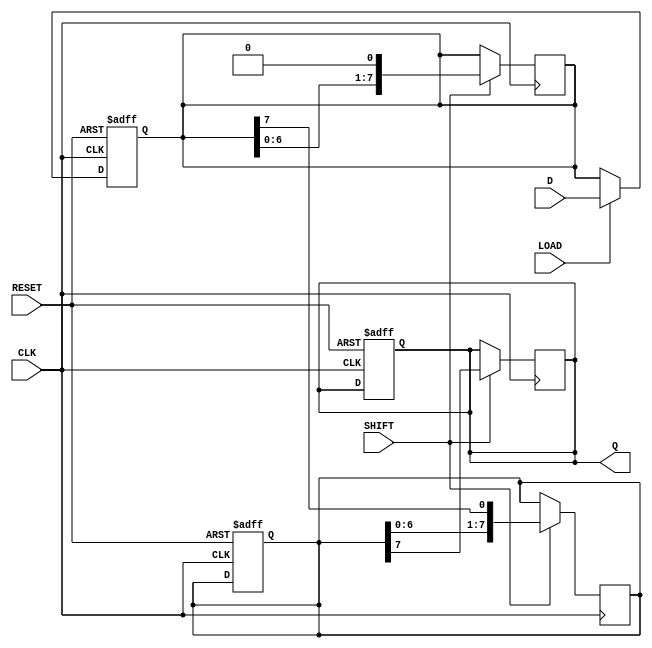
module TwoStagePISO #(
    parameter WIDTH = 8  // Width of the parallel input
)(
    input wire [WIDTH-1:0] D,      // Parallel data input
    input wire LOAD,                // Load signal
    input wire SHIFT,               // Shift signal
    input wire CLK,                 // Clock signal
    input wire RESET,               // Asynchronous reset signal
    output reg Q                   // Serial output
);
    // Internal registers for input and output stages
    reg [WIDTH-1:0] input_reg;     // Stage 1: Input Register
    reg [WIDTH-1:0] output_reg;    // Stage 2: Output Register
    
    // Asynchronous reset and loading data
    always @(posedge CLK or posedge RESET) begin
        if (RESET) begin
            input_reg <= {WIDTH{1'b0}}; // Clear input register
            output_reg <= {WIDTH{1'b0}}; // Clear output register
            Q <= 1'b0;                   // Clear serial output
        end else if (LOAD) begin
            input_reg <= D;             // Load parallel data into input register
        end
    end
    
    // Shifting data from input register to output register
    always @(posedge CLK) begin
        if (SHIFT) begin
            // Shift the data from input register to output register
            output_reg <= {output_reg[WIDTH-2:0], input_reg[WIDTH-1]}; // Shift left
            Q <= output_reg[WIDTH-1];   // Output the MSB of output register
            input_reg <= {input_reg[WIDTH-2:0], 1'b0}; // Shift input register
        end
    end
endmodule